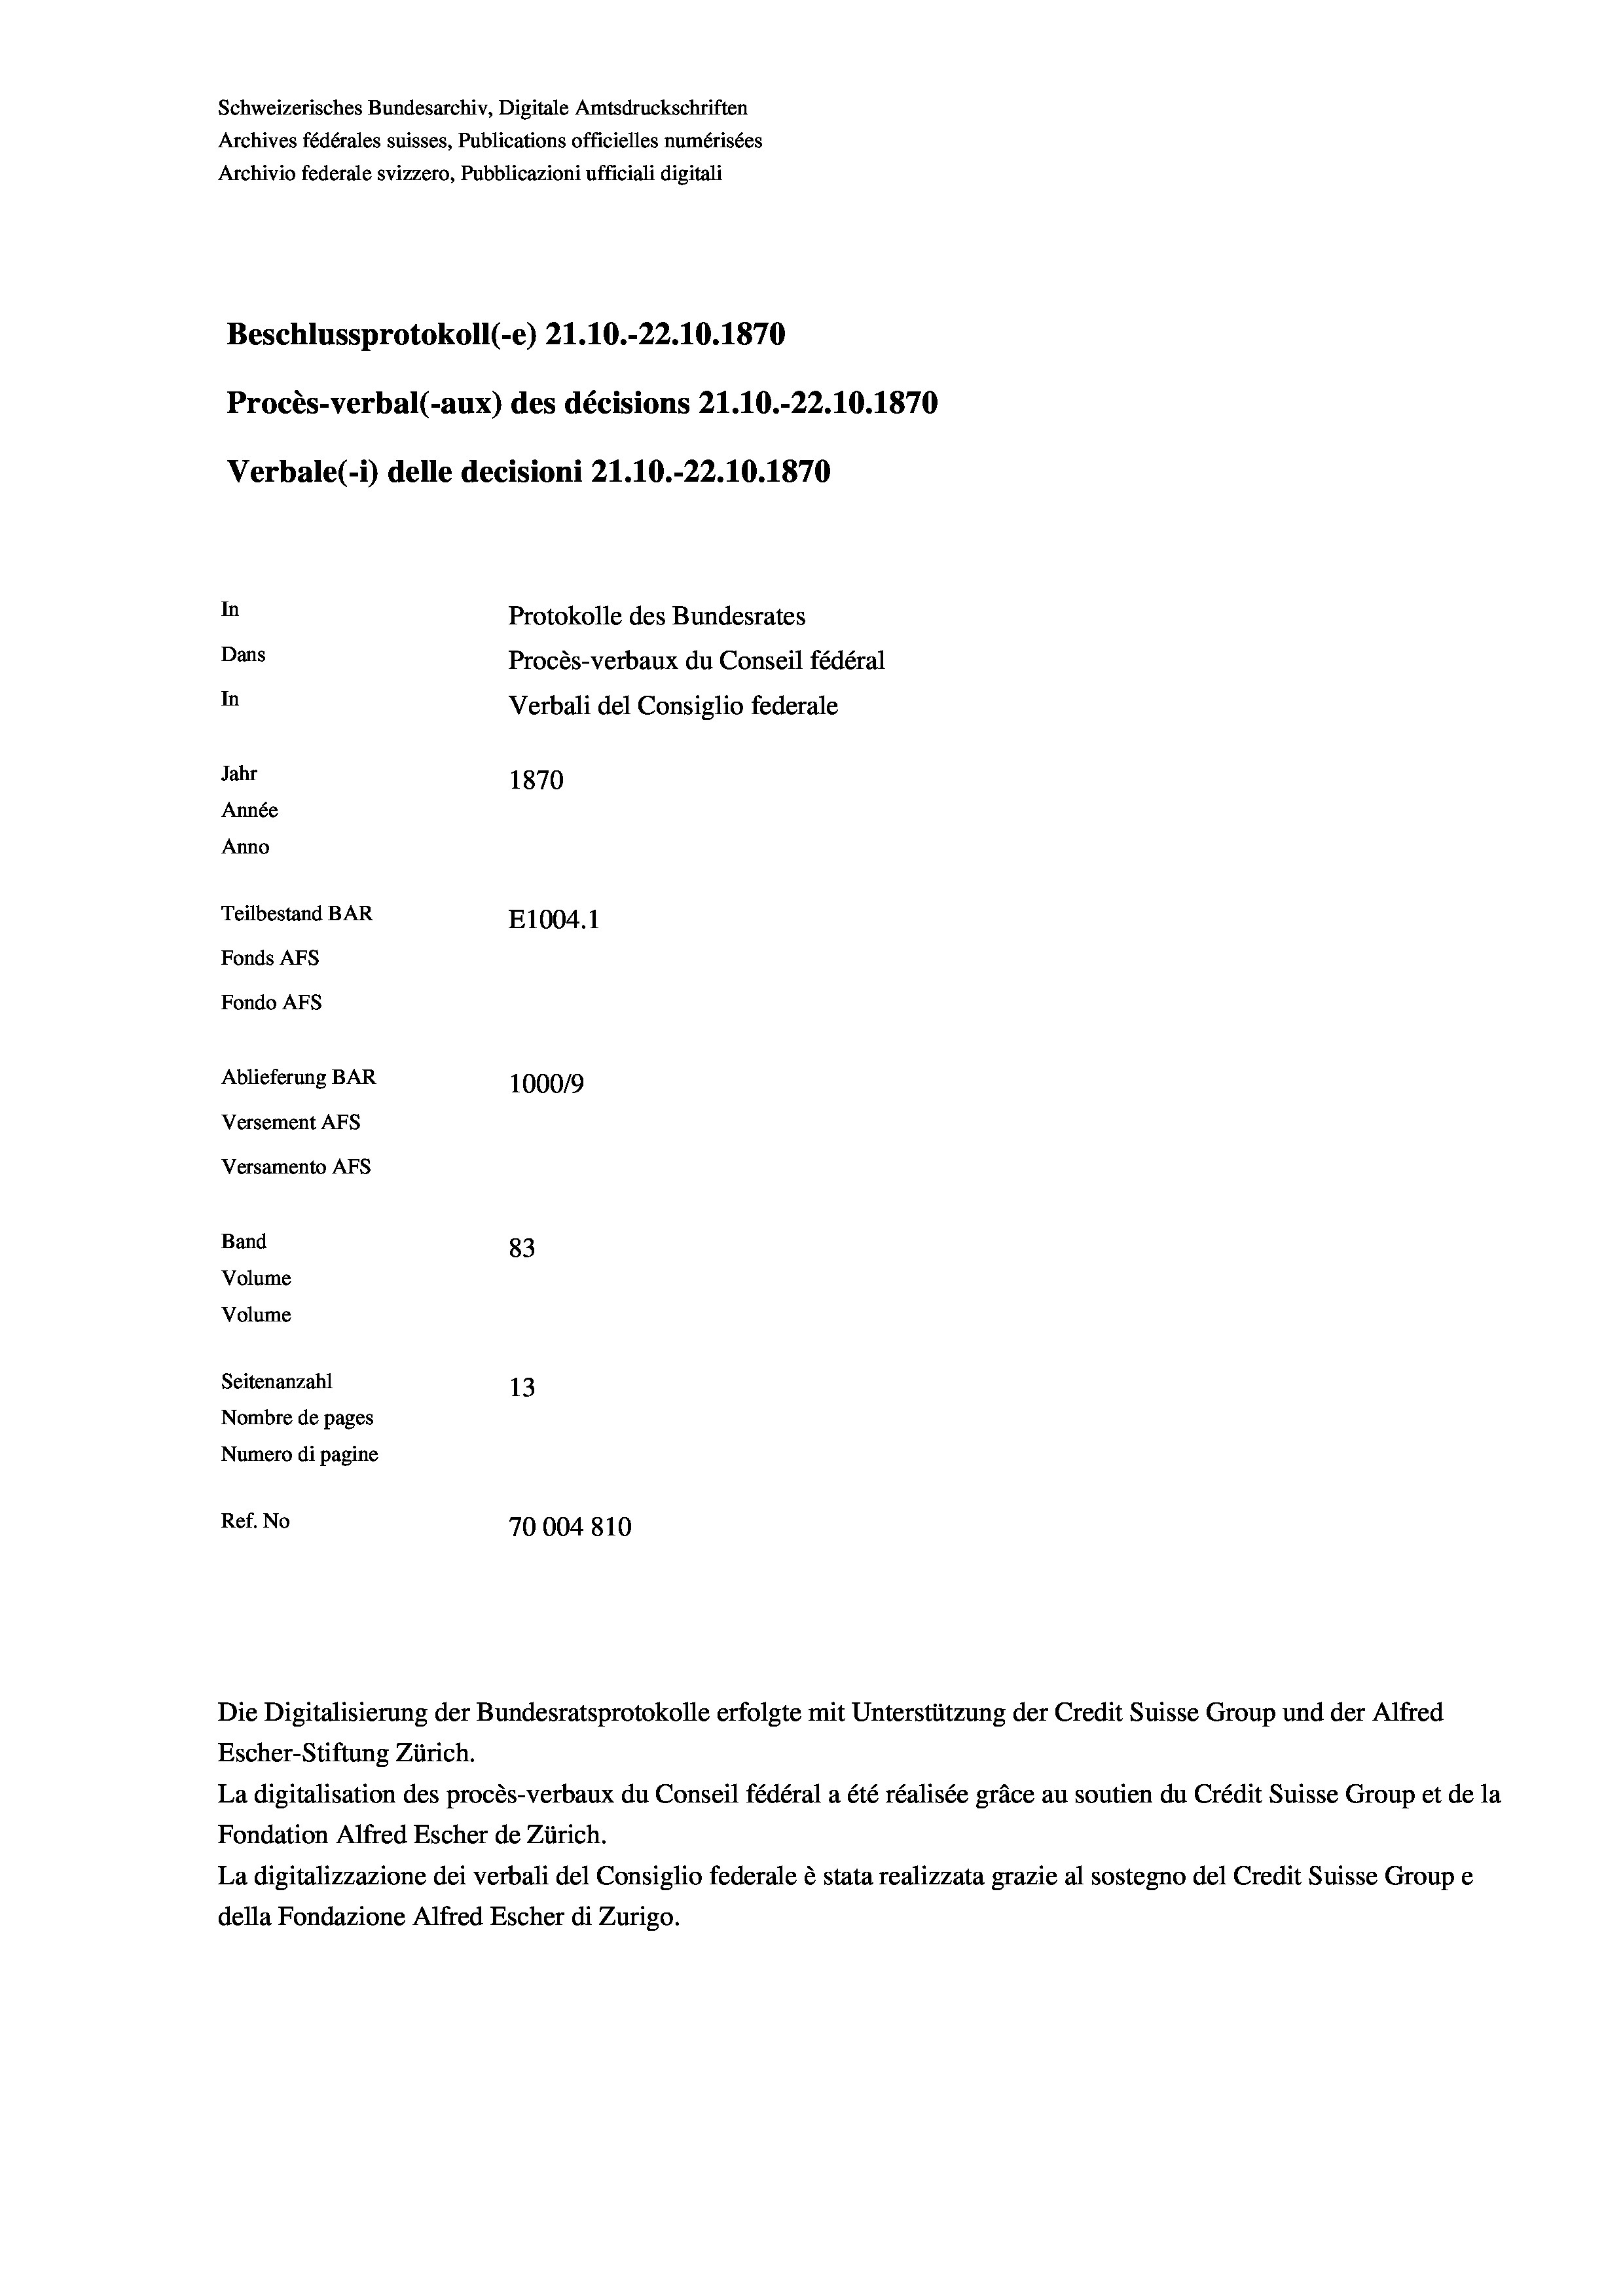
Schweizerisches Bundesarchiv, Digitale Amtsdruckschriften
Archives fédérales suisses, Publications officielles numérisées
Archivio federale svizzero, Pubblicazioni ufficiali digitali
Beschlussprotokoll (-e) 21.10.-22.10.1870
Procès-verbal (-aux) des décisions 21.10.-22.10.1870
Verbale (- 1) delle decisioni 21.10.-22.10.1870
In
Protokolle des Bundesrates
Dans
Procès-verbaux du Conseil fédéral
In
Verbali del Consiglio federale
Jahr
1870
Année
Anno
Teilbestand BAR
E1004. 1
Fonds AFs
Fondo AFS
Ablieferung BAR
100019
Versement AFs
Versamento AFs
Band
83
Volume
Volume
Seitenanzahl
13
Nombre de pages
Numero di pagine
Ref. No
70004810

Die Digitalisierung der Bundesratsprotokolle erfolgte mit Unterstützung der Credit Suisse Group und der Alfred
Escher-Stiftung Zürich.
La digitalisation des procès-verbaux du Conseil fédéral a été réalisée gräce au soutien du Crédit Suisse Group et de la
Fondation Alfred Escher de Zürich.
La digitalizzazione dei verbali del Consiglio federale è stata realizzata grazie al sostegno del Credit Suisse Groupe
della Fondazione Alfred Escher di Zurigo.